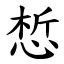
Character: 惁